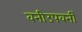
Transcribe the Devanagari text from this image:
वनीउपवनीं